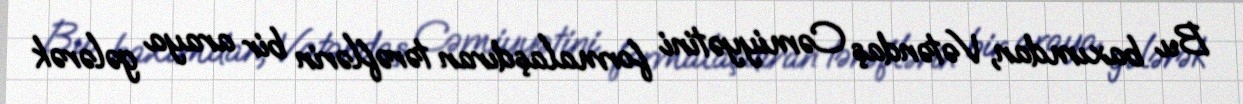
Bu baxımdan, Vətəndaş Cəmiyyətini formalaşdıran tərəflərin bir araya gələrək